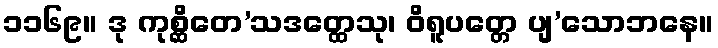
၁၁၆၉။ ဒု ကုစ္ဆိတေ’သဒတ္ထေသု၊ ဝိရူပတ္တေ ပျ’သောဘနေ။